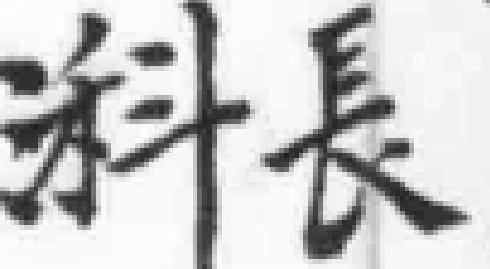
科長